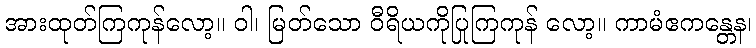
အားထုတ်ကြကုန်လော့။ ဝါ၊ မြတ်သော ဝီရိယကိုပြုကြကုန် လော့။ ကာမံဧကန္တေန၊